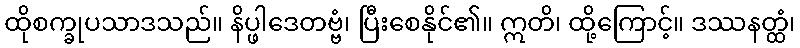
ထိုစက္ခုပသာဒသည်။ နိပ္ဖါဒေတဗ္ဗံ၊ ပြီးစေနိုင်၏။ ဣတိ၊ ထို့ကြောင့်။ ဒဿနတ္ထံ၊